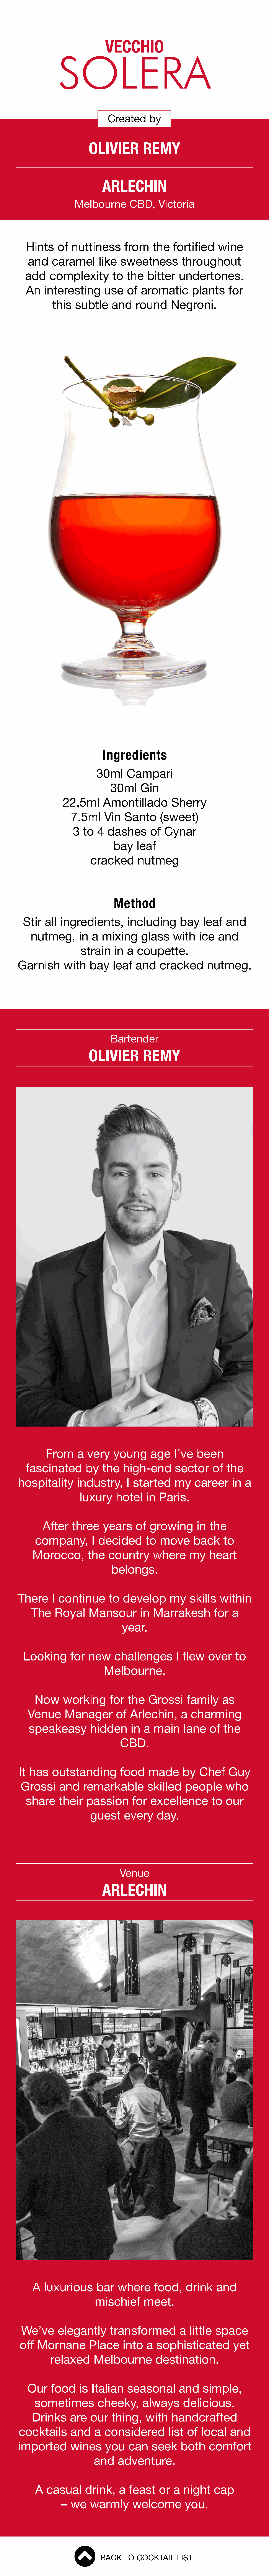
VECCHIO
 SOLERA
 Created      by
 OLIVIER          REMY
 ARLECHIN
 Melbourne        CBD,    Victoria
 Hints     of  nuttiness       from     the   fortified     wine
 and     caramel       like   sweetness         throughout
 add    complexity         to   the   bitter    undertones.
 An   interesting        use    of  aromatic        plants     for
 this   subtle     and    round      Negroni.
 Ingredients
 30ml      Campari
 30ml     Gin
 22,5ml      Amontillado          Sherry
 7.5ml     Vin   Santo      (sweet)
 3  to   4  dashes       of  Cynar
 bay    leaf
 cracked       nutmeg
 Method
 Stir   all ingredients,         including       bay    leaf   and
 nutmeg,        in  a  mixing      glass     with    ice   and
 strain    in  a  coupette.
 Garnish       with    bay    leaf   and     cracked       nutmeg.
 Bartender
 OLIVIER          REMY
 From      a  very    young      age    I’ve   been
 fascinated        by   the    high-end       sector      of  the
 hospitality       industry,       I started     my    career      in  a
 luxury     hotel     in  Paris.
 After    three    years     of   growing       in  the
 company,         I decided       to   move      back     to
 Morocco,         the   country       where      my    heart
 belongs.
 There      I continue       to   develop       my    skills   within
 The     Royal     Mansour         in  Marrakesh         for   a
 year.
 Looking       for   new     challenges         I flew    over    to
 Melbourne.
 Now     working       for   the   Grossi      family     as
 Venue       Manager        of   Arlechin,      a  charming
 speakeasy          hidden      in  a  main     lane    of  the
 CBD.
 It has    outstanding          food    made       by   Chef     Guy
 Grossi      and    remarkable          skilled    people       who
 share     their   passion       for   excellence         to  our
 guest     every     day.
 Venue
 ARLECHIN
 A  luxurious       bar    where      food,     drink    and
 mischief       meet.
 We’ve       elegantly       transformed          a  little  space
 off  Mornane         Place     into    a  sophisticated          yet
 relaxed       Melbourne         destination.
 Our     food    is  Italian    seasonal        and    simple,
 sometimes          cheeky,      always       delicious.
 Drinks     are    our   thing,    with    handcrafted
 cocktails       and    a  considered         list  of  local    and
 imported        wines      you    can    seek     both     comfort
 and    adventure.
 A  casual      drink,    a  feast     or  a  night    cap
 –  we   warmly       welcome         you.
 BACK   TO  COCKTAIL    LIST